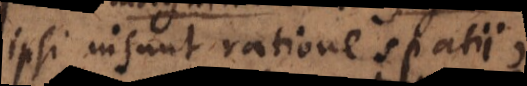
ipsi insunt ratione spatii,